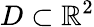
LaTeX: D\subset\mathbb{R}^{2}